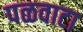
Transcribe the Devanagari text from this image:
पळवाटा